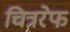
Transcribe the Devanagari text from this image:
चित्ररेफ